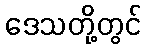
ဒေသတို့တွင်